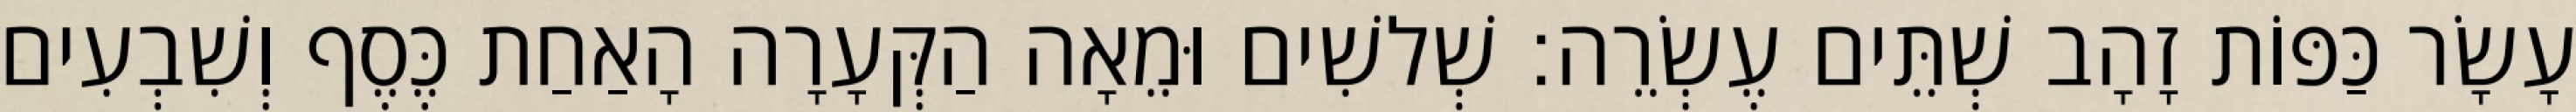
עָשָׂר כַּפּוֹת זָהָב שְׁתֵּים עֶשְׂרֵה׃ שְׁלשִׁים וּמֵאָה הַקְּעָרָה הָאַחַת כֶּסֶף וְשִׁבְעִים